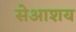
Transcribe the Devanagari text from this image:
सेआशय